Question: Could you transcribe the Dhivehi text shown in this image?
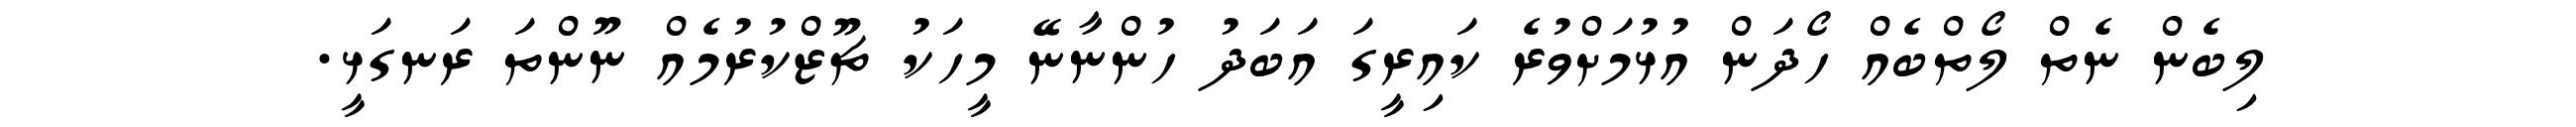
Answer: ލިބެން ނެތް ލޯތްބެއް ހޯދަން އުޅުމަށްވުރެ ކައިރީގަ އަބަދު ހުންނާނޭ މީހަކު ޗޫޒްކުރުމެއް ނޫންތަ ރަނގަޅީ.